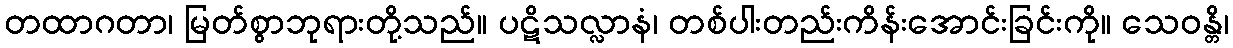
တထာဂတာ၊ မြတ်စွာဘုရားတို့သည်။ ပဋိသလ္လာနံ၊ တစ်ပါးတည်းကိန်းအောင်းခြင်းကို။ သေဝန္တိ၊